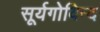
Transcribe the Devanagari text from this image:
सूर्यगोविन्द